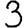
Digit: 3